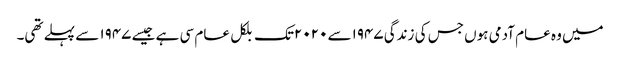
میں وہ عام آدمی ہوں جس کی زندگی ۱۹۴۷سے ۲۰۲۰تک بلکل عام سی ہے جیسے ۱۹۴۷ سے پہلے تھی۔